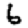
Digit: 6